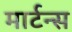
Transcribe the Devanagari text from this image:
मार्टन्स